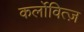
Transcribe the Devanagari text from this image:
कर्लोवित्ज़